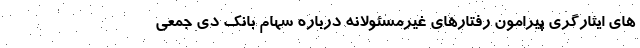
های ايثارگری پیرامون رفتارهای غیرمسئولانه درباره سهام بانك دی جمعی